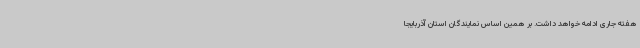
هفته جاری ادامه خواهد داشت. بر همین اساس نمایندگان استان آذربایجا